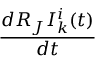
\frac { d R _ { J } I _ { k } ^ { i } ( t ) } { d t }